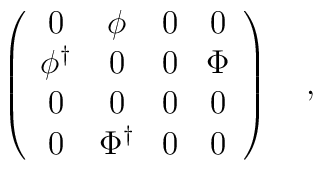
\left( \begin{array} {cccc} 0 & \phi & 0 & 0 \\ \phi^{\dagger} & 0 & 0 & \Phi \\0 & 0 & 0 & 0 \\ 0 & \Phi^{\dagger} & 0 & 0 \end{array} \right)~~~,